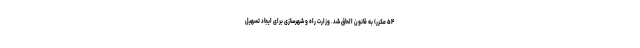
۵۴ مکرر) به قانون الحاق شد. وزارت راه و شهرسازی برای ایجاد تسهیل